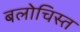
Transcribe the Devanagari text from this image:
बलोचिस्त